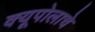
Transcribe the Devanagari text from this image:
क्यूपोलाचे